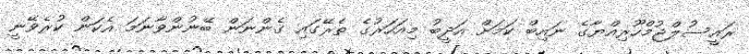
ރައީސުލްޖުމްހޫރިއްޔާގެ ނައިބް ކަމަށް އަދީބު މިއަހަރުގެ ތެރޭގައި ގެންނަން ބޭނުންވާނަމަ އެކަން ކުރެވޭނީ